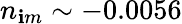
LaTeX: n_{\mathbf{i}m}\sim-0.0056